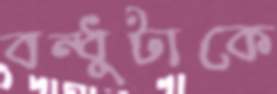
বন্ধুটাকে